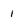
Character: 1